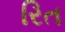
રિત